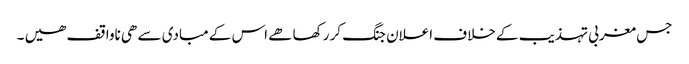
جس مغربی تہذیب کے خلاف اعلان جنگ کر رکھا ھے اس کے مبادی سے ھی ناواقف ھیں ۔